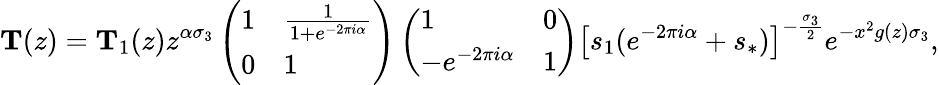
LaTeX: \mathbf{T}(z)=\mathbf{T}_{1}(z)z^{\alpha\sigma_{3}}\left(\begin{array}{ll}{1}&{\frac{1}{1+e^{-2\pi i\alpha}}}\\ {0}&{1}\end{array}\right)\left(\begin{array}{ll}{1}&{0}\\ {-e^{-2\pi i\alpha}}&{1}\end{array}\right)\left[s_{1}(e^{-2\pi i\alpha}+s_{*})\right]^{-\frac{\sigma_{3}}{2}}e^{-x^{2}g(z)\sigma_{3}},